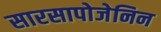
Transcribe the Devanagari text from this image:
सारसापोजेनिन